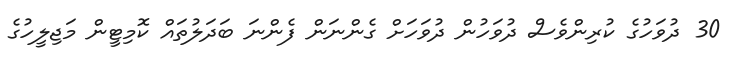
30 ދުވަހުގެ ކުރިންވެސް ދުވަހުން ދުވަހަށް ގެންނަން ފެންނަ ބަދަލުތައް ކޮމިޓީން މަޖިލީހުގެ